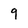
Character: 9